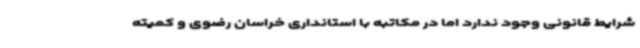
شرایط قانونی وجود ندارد اما در مکاتبه با استانداری خراسان رضوی و کمیته